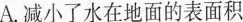
A.减小了水在地面的表面积B.增大了水在地面的表面积